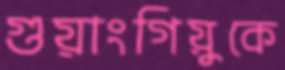
গুয়াংগিয়ুকে